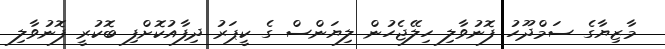
މާޒިޔާގެ ސަމްދޫހު ފޮނުވާލި ހިލޭޖެހުން ލިޔަންސް ގެ ކީޕަރު ދިފާއުކޮށްފި ބޮކުރީ ފޮނުވާލި